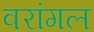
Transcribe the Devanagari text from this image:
वरांगल